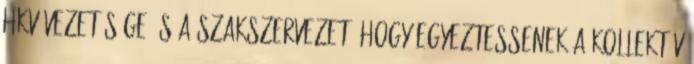
HKV vezetősége és a szakszervezet, hogy egyeztessenek a kollektív